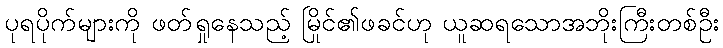
ပုရပိုက်များကို ဖတ်ရှုနေသည့် မြိုင်၏ဖခင်ဟု ယူဆရသောအဘိုးကြီးတစ်ဦး